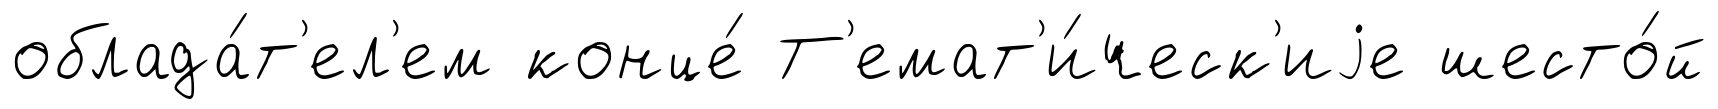
облада́т'ел'ем конце́ Т'емат'и́ческ'иjе шесто́й